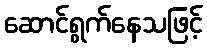
ဆောင်ရွက်နေသဖြင့်